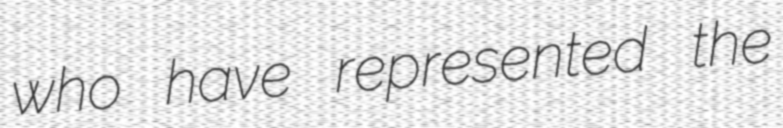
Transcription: who have represented the